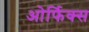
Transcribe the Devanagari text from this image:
ओर्फिक्स